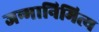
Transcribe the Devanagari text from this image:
जन्मानिमित्य